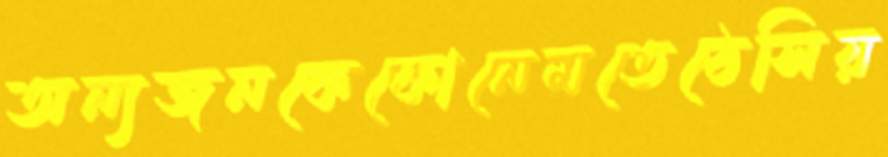
অন্যজনকেকোনেমতেঠেসিয়